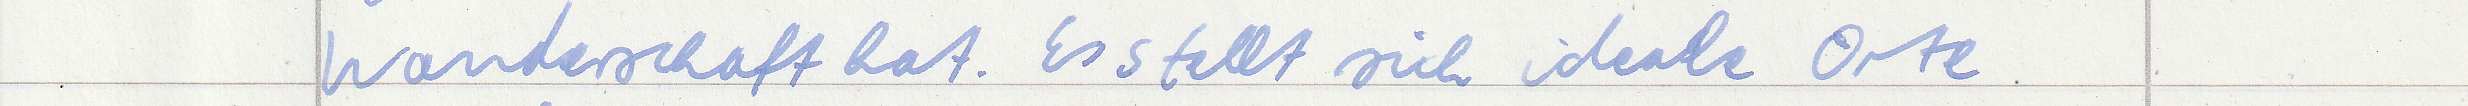
Wanderschaft hat. Es stellt sich ideale Orte